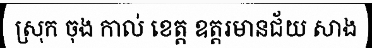
ស្រុក ចុង កាល់ ខេត្ត ឧត្តរមានជ័យ សាង